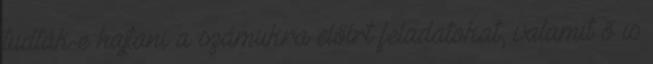
tudták-e hajtani a számukra előírt feladatokat, valamit ő is